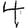
Digit: 4